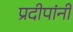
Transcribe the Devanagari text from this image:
प्रदीपांनी